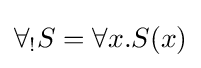
\forall _{!}S=\forall x.S(x)